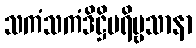
သကံသကံဒိဋ္ဌိပရိဗ္ဗသာနာ